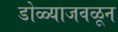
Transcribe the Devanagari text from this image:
डोळ्याजवळून